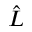
\hat { L }